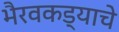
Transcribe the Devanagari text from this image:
भैरवकड्याचे